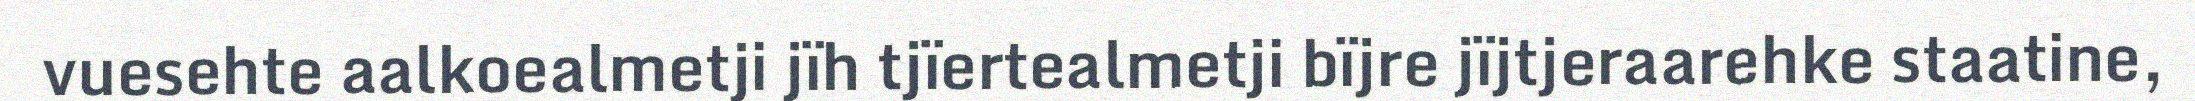
vuesehte aalkoealmetji jïh tjïertealmetji bïjre jïjtjeraarehke staatine,